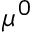
\mu ^ { 0 }